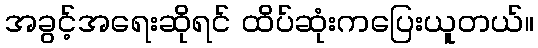
အခွင့်အရေးဆိုရင် ထိပ်ဆုံးကပြေးယူတယ်။